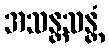
အသန္တသန္တံ